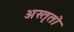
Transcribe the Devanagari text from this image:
अस्तृतो